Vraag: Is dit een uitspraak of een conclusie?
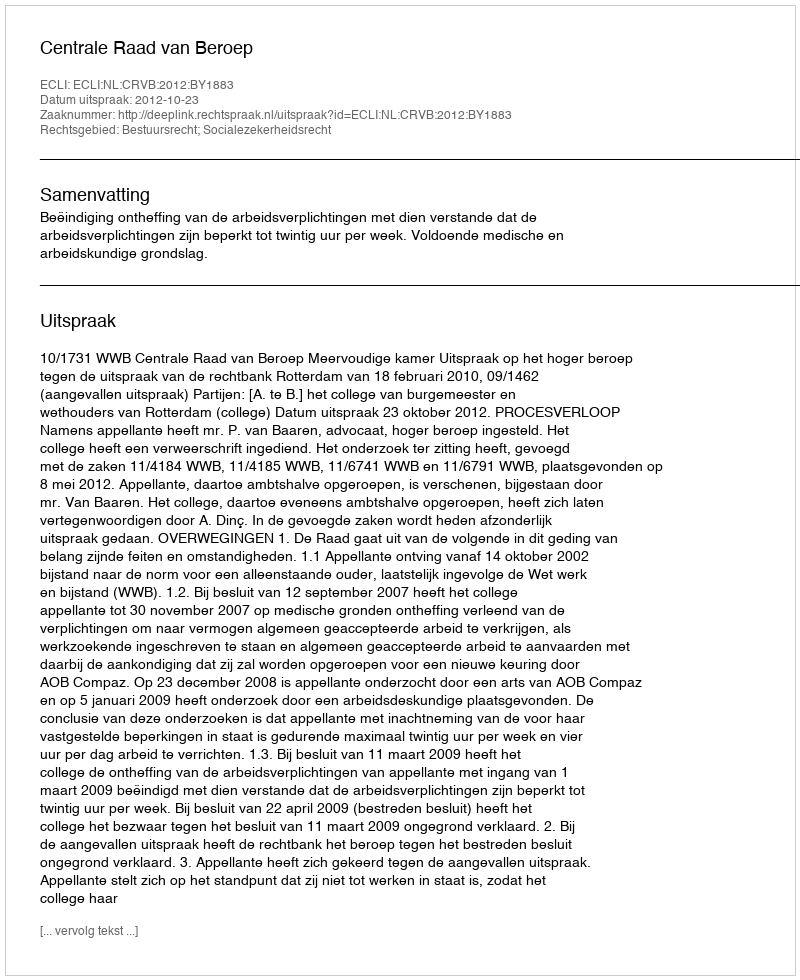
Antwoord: Uitspraak